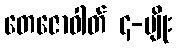
တေဇောဓါတ် ၄-မျိုး